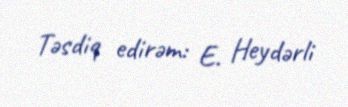
Təsdiq edirəm: E. Heydərli